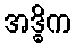
အဒ္ဓိက